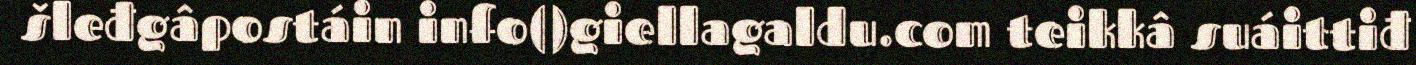
šleđgâpostáin info()giellagaldu.com teikkâ suáittiđ